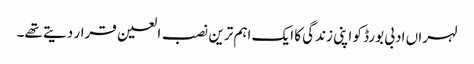
لہراں ادبی بورڈ کو اپنی زندگی کا ایک اہم ترین نصب العین قرار دیتے تھے۔